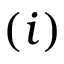
( i )